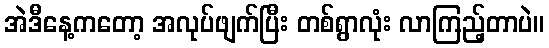
အဲဒီနေ့ကတော့ အလုပ်ဖျက်ပြီး တစ်ရွာလုံး လာကြည့်တာပဲ။